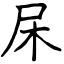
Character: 杘